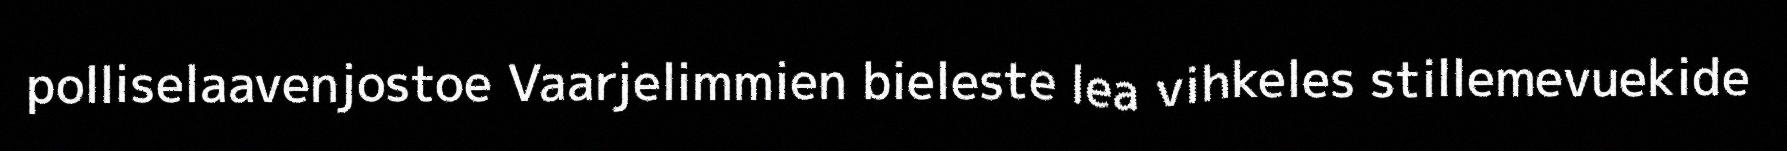
polliselaavenjostoe Vaarjelimmien bieleste lea vihkeles stillemevuekide